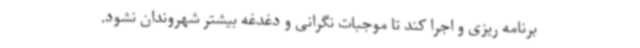
برنامه ریزی و اجرا کند تا موجبات نگرانی و دغدغه بیشتر شهروندان نشود.